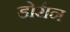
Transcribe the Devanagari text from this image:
डोरीन